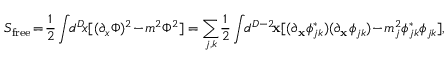
S _ { \mathrm { f r e e } } \! = \! \frac { 1 } { 2 } \int \! \! d ^ { D } \! x [ ( \partial _ { x } \Phi ) ^ { 2 } \! - \! m ^ { 2 } \Phi ^ { 2 } ] = \sum _ { j , k } \! \frac { 1 } { 2 } \int \! \! d ^ { D - 2 } \! { \bf x } [ ( \partial _ { \bf x } \phi _ { j k } ^ { * } ) ( \partial _ { \bf x } \phi _ { j k } ) \! - \! m _ { j } ^ { 2 } \phi _ { j k } ^ { * } \phi _ { j k } ] ,